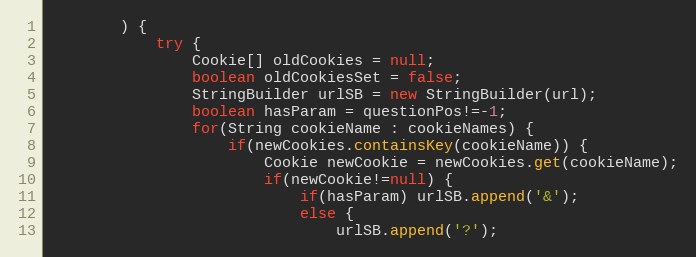
Language: Java
		) {
			try {
				Cookie[] oldCookies = null;
				boolean oldCookiesSet = false;
				StringBuilder urlSB = new StringBuilder(url);
				boolean hasParam = questionPos!=-1;
				for(String cookieName : cookieNames) {
					if(newCookies.containsKey(cookieName)) {
						Cookie newCookie = newCookies.get(cookieName);
						if(newCookie!=null) {
							if(hasParam) urlSB.append('&');
							else {
								urlSB.append('?');